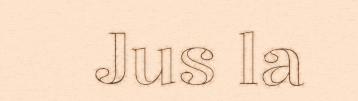
Jus la